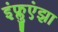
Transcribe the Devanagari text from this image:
इंफ्लुएंझा